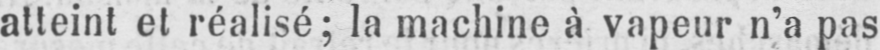
atteint et réalisé; la machine à vapeur n’a pas